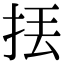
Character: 𢫻